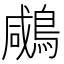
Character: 𪂶